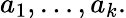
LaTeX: a_{1},\ldots,a_{k}.